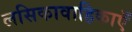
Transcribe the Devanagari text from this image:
लसिकावाहिकाएँ